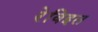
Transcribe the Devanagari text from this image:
रेविइत